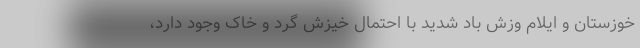
خوزستان و ایلام وزش باد شدید با احتمال خیزش گرد و خاک وجود دارد،